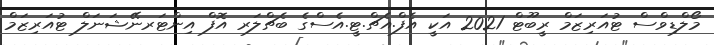
މޯލްޑިވްސް ޓުއަރިޒަމް ރީބޫޓް 2021 އަކީ އެފް.އެޗް.ޓީ.އެސްގެ ބެޗްލަރ އޮފް އިންޓަރނޭޝަނަލް ޓުއަރިޒަމް